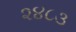
૨૪૮૩